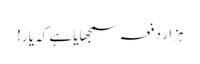
ہزار دفعہ سمجھایا ہے کہ یار!